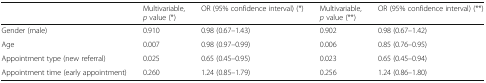
|  | Multivariable, p value (*) | OR (95% confidence interval) (*) | Multivariable, p value (**) | OR (95% confidence interval) (**) |
 | --- | --- | --- | --- | --- |
 | Gender (male) | 0.910 | 0.98 (0.67–1.43) | 0.902 | 0.98 (0.67–1.42) |
 | Age | 0.007 | 0.98 (0.97–0.99) | 0.006 | 0.85 (0.76–0.95) |
 | Appointment type (new referral) | 0.025 | 0.65 (0.45–0.95) | 0.023 | 0.65 (0.45–0.94) |
 | Appointment time (early appointment) | 0.260 | 1.24 (0.85–1.79) | 0.256 | 1.24 (0.86–1.80) |